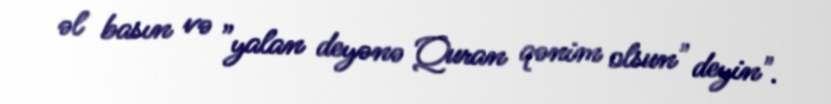
əl basın və ”yalan deyənə Quran qənim olsun" deyin".